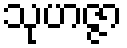
သုဟဇ္ဇာ